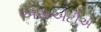
એસએટીએ